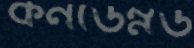
কনডেম্নড